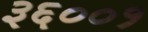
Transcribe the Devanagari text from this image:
३६००१